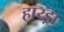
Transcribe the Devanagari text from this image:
हाय्ड्रा